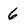
Character: 6